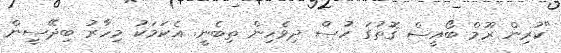
"ކުރިން ރޫމް ބޯއީސް ގޮތުގަ ހުސް ދިވެހިން ތިބެނީ. އެކަމަކު މިހާރު ބިދޭސީން